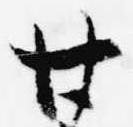
廿